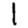
Digit: 1